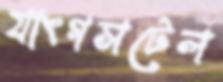
যাংগসটেল